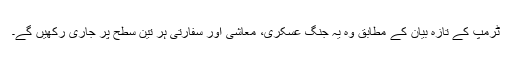
ٹرمپ کے تازہ بیان کے مطابق وہ یہ جنگ عسکری، معاشی اور سفارتی ہر تین سطح پر جاری رکھیں گے۔